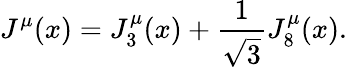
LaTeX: J^{\mu}(x)=J_{3}^{\mu}(x)+{\frac{1}{\sqrt{3}}}J_{8}^{\mu}(x).